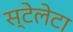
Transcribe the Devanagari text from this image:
स्टेलेटा